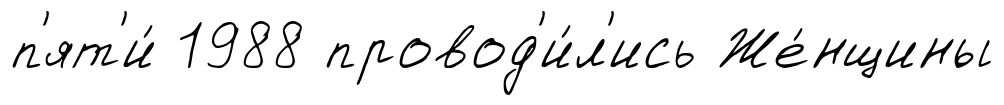
п'ят'и́ 1988 провод'и́л'ись Же́нщины